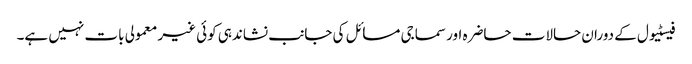
فیسٹیول کے دوران حالات حاضرہ اور سماجی مسائل کی جانب نشاندہی کوئی غیر معمولی بات نہیں ہے۔